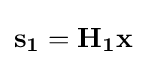
\mathbf {s_{1}} =\mathbf {H_{1}} \mathbf {x}